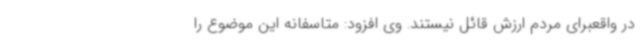
در واقعبرای مردم ارزش قائل نیستند. وی افزود: متاسفانه این موضوع را